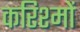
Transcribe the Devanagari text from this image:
करिश्मों